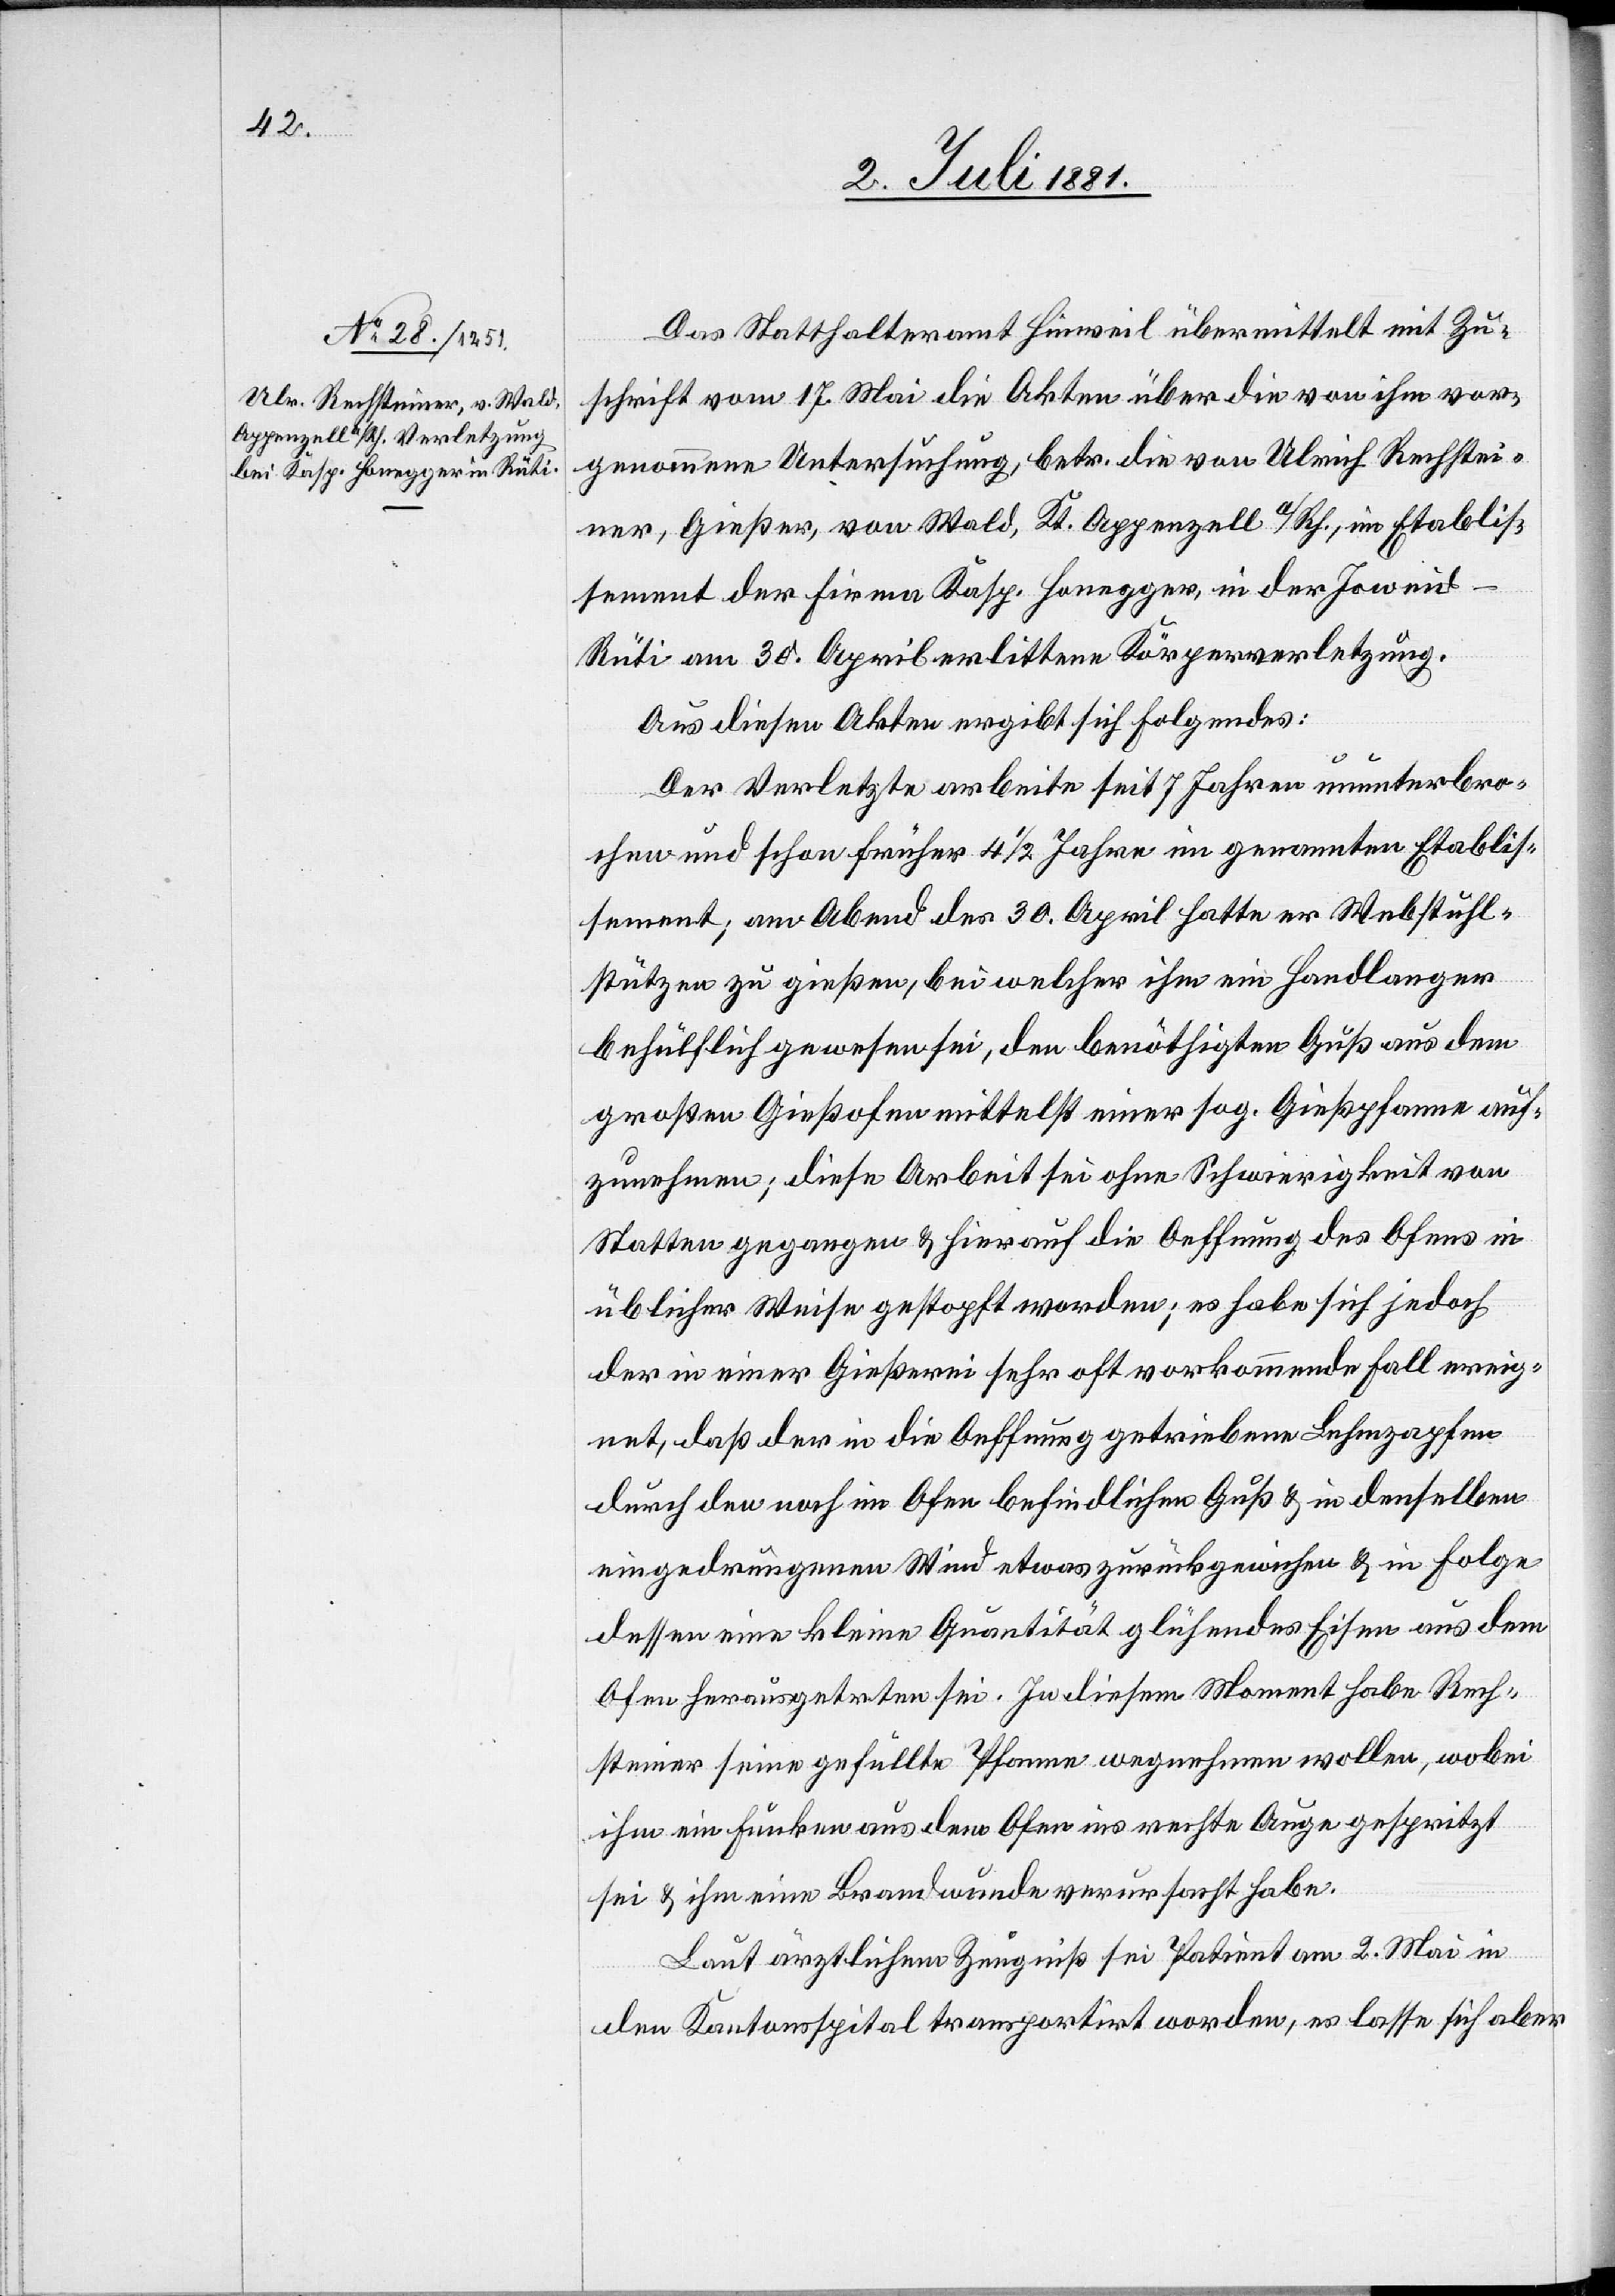
Das Statthalteramt Hinsweil übermittelt mit Zu¬
schrift vom 17. Mai die Akten über die von ihm vor¬
genommene Untersuchung, betr. die von Ulrich Rechstei¬
ner, Gießer, von Wald, Kt. Appenzell a/Rh., im Etablis¬
sement der Firma Kasp. Honegger, in der Joweid
Rüti am 30. April erlittene Körperverletzung.
Aus diesen Akten ergibt sich folgendes:
Der Verletzte arbeite seit 7 Jahren ununterbro¬
chen und schon früher 4 1/2 Jahre im genannten Etablis¬
sement; am Abend des 30. April hatte er Webstuhl¬
stützen zu gießen, bei welcher ihm ein Handlanger
behülflich gewesen sei, den benöthigten Guß aus dem
großen Gießofen mittelst einer sog. Gießpfanne auf¬
zunehmen; diese Arbeit sei ohne Schwierigkeit von
Statten gegangen & hierauf die Oeffnung des Ofens in
üblicher Weise gestopft worden; es habe sich jedoch
der in einer Gießerei sehr oft vorkommende Fall ereig¬
net, daß der in die Oeffnung getriebene Lehmzapfen
durch den noch im Ofen befindlichen Guß & in denselben
eingedrungenen Wind etwas zurückgewichen & in Folge
dessen eine kleine Quantität glühendes Eisen aus dem
Ofen herausgetreten sei. In diesem Moment habe Rech¬
steiner seine gefüllte Pfanne wegnehmen wollen, wobei
ihm ein Funken aus dem Ofen ins rechte Auge gespritzt
sei & ihm eine Brandwunde verursacht habe.
Laut ärztlichem Zeugniß sei Patient am 2. Mai in
den Kantonsspital transportiert worden, es lasse sich aber